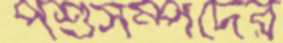
পশুসম্পদের